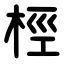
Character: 桱